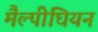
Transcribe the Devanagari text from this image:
मैल्पीघियन